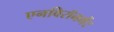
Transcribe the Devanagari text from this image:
एनविरॉनमेंट